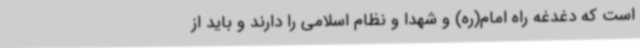
است که دغدغه راه امام(ره) و شهدا و نظام اسلامی را دارند و باید از